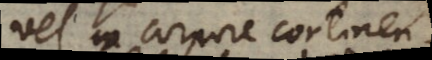
vel in corpore continen